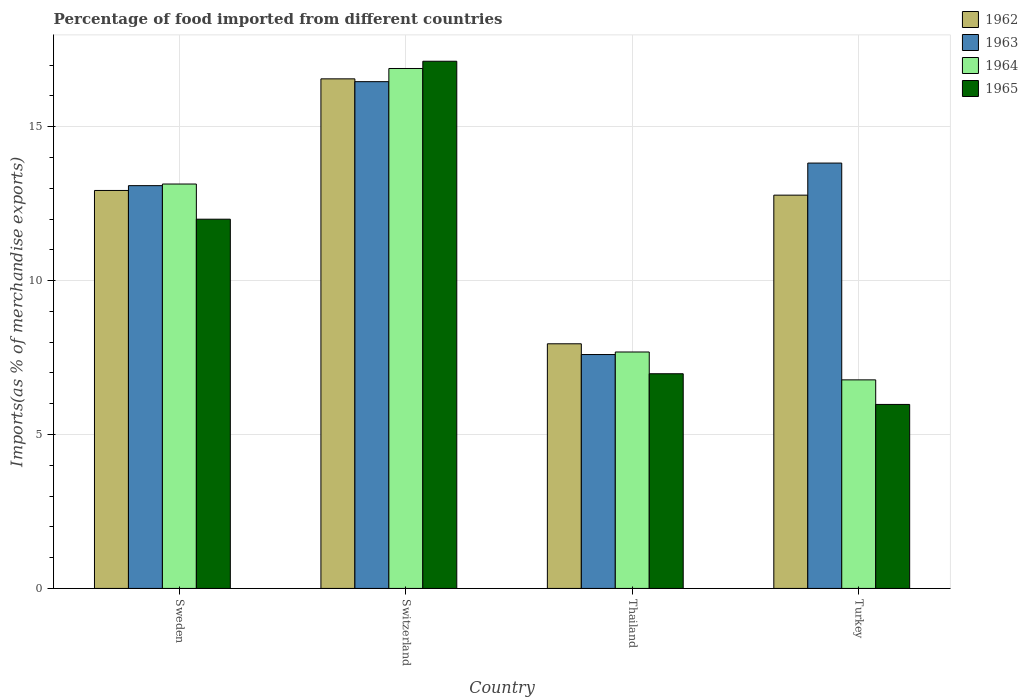
| Country | 1962 | 1963 | 1964 | 1965 |
 | --- | --- | --- | --- | --- |
 | Sweden | 12.9 | 13.1 | 13.1 | 12 |
 | Switzerland | 16.6 | 16.5 | 16.9 | 17.1 |
 | Thailand | 7.95 | 7.6 | 7.68 | 6.97 |
 | Turkey | 12.8 | 13.8 | 6.77 | 5.98 |